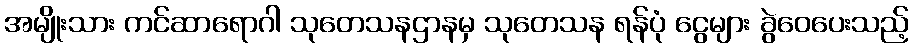
အမျိုးသား ကင်ဆာရောဂါ သုတေသနဌာနမှ သုတေသန ရန်ပုံ ငွေများ ခွဲဝေပေးသည့်